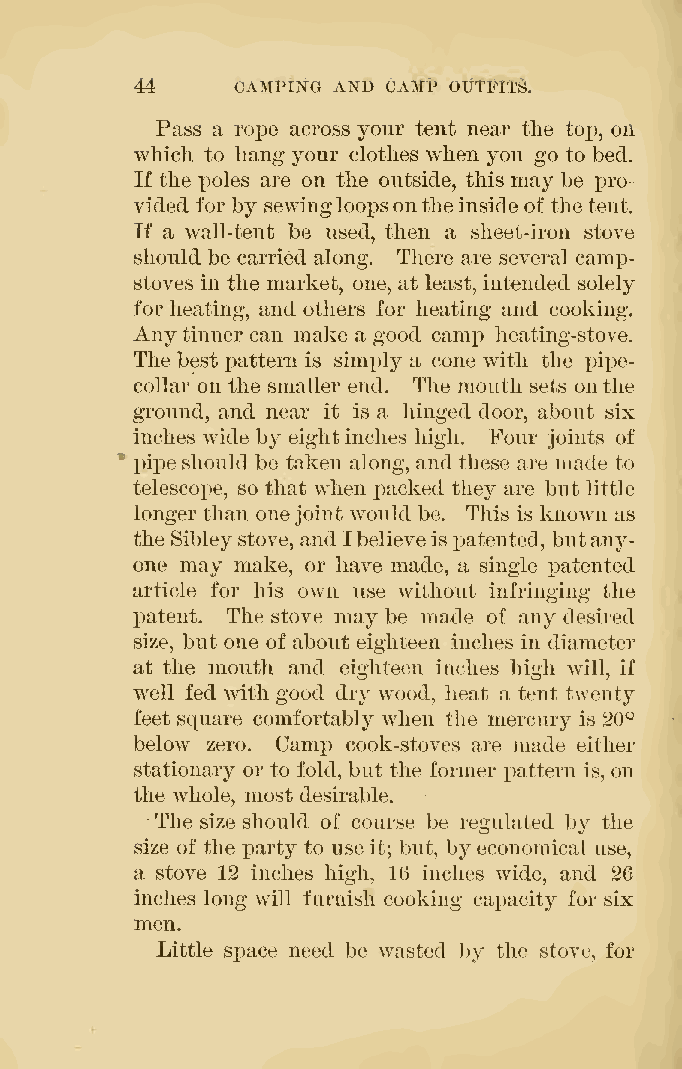
44     CAMPING AND CAMP OUTFIT'S.
 Pass a rope across your tent near tlie top, on
 which to hang your clothes when you go to bed.
 If the poles are on the outside, this may be pro
 vided for by sewingloopsontheinside of thetent.
 If a wall-tent be used, then a sheet-iron stove
 should be carried along. There are several camp-
 stoves in the market, one, at least, intended solely
 for heating, and others for heating and cooking.
 Anytinner can make a good camp heating-stove.
 The best ]3attern is simply a cone with the i^ipe-
 collar on the smaller end. The mouth sets onthe
 ground, and near it is a hinged door, about six
 inches wide by eightinches high. Four joints of
 pipeshould be taken along, and these are made to
 telescope, so that when packed they are but little
 longer than onejoint would be. This is known as
 the Sibleystove, and Ibelieveispatented, butany-
 one may make, or have made, a single patented
 article for his own use without infringing the
 patent. The stove may be made of any desired
 size, but one of about eighteen inches in diameter
 at the mouth and eighteen inches high will, if
 well fed w^ith good dry w^ood, heat a tent twenty
 feet square comfortably when the mercury is 20*^
 below zero. Camp cook-stoves are made either
 stationary or to fold, but the former pattern is, on
 the whole, most desirable.
 The size should of course be regulated by the
 size of the party to useit; but, by economical use,
 a stove 12 inches high, 16 inches wide, and 26
 inches long will furnish cooking capacity for six
 men.
 Little sjDace need be wasted by the stove, for